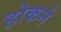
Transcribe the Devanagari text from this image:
होकने